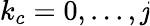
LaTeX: k_{c}=0,...,\mathit{j}